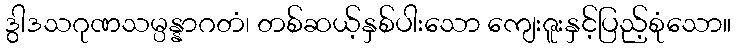
ဒွါဒသဂုဏသမ္ပန္နာဂတံ၊ တစ်ဆယ့်နှစ်ပါးသော ကျေးဇူးနှင့်ပြည့်စုံသော။